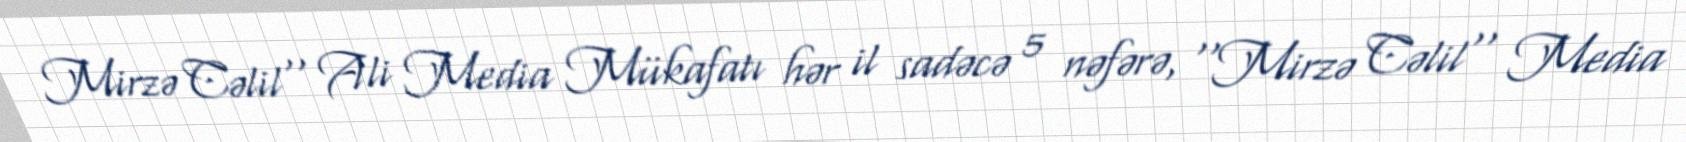
Mirzə Cəlil'' Ali Media Mükafatı hər il sadəcə 5 nəfərə, ''Mirzə Cəlil'' Media